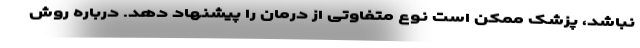
نباشد، پزشک ممکن است نوع متفاوتی از درمان را پیشنهاد دهد. درباره روش